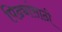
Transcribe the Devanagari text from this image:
पिढ्यांसाठी